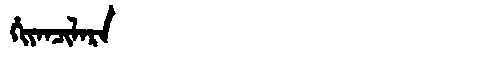
Manchu: ᡥᡳᠶᠠᠨᠴᡳᠯᠠᡵᠠ
Romanization: HIYANCILARA